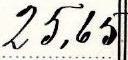
25,65